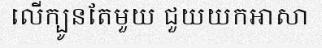
លើក្បូនតែមួយ ជួយយកអាសា